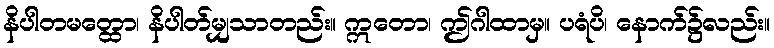
နိပါတမတ္ထော၊ နိပါတ်မျှသာတည်း။ ဣတော၊ ဤဂါထာမှ။ ပရံပိ၊ နောက်၌လည်း။